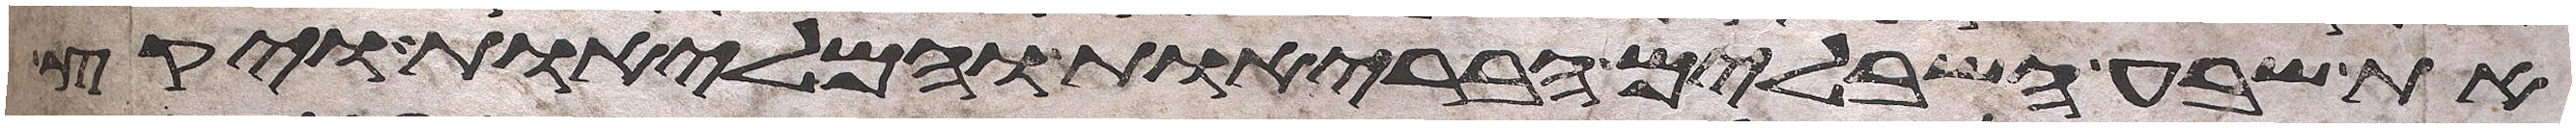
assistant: את שבע השבלים הבריות והמליות ויקץ